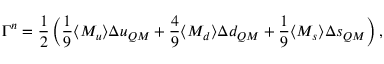
\Gamma ^ { n } = \frac { 1 } { 2 } \left( \frac { 1 } { 9 } \langle M _ { u } \rangle \Delta u _ { Q M } + \frac { 4 } { 9 } \langle M _ { d } \rangle \Delta d _ { Q M } + \frac { 1 } { 9 } \langle M _ { s } \rangle \Delta s _ { Q M } \right) ,